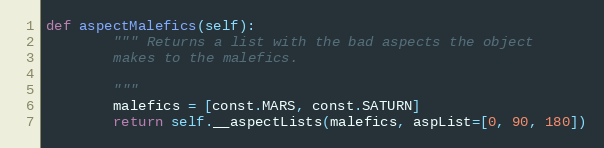
Language: Python
def aspectMalefics(self):
        """ Returns a list with the bad aspects the object
        makes to the malefics.

        """
        malefics = [const.MARS, const.SATURN]
        return self.__aspectLists(malefics, aspList=[0, 90, 180])